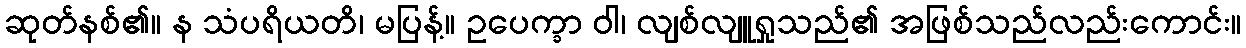
ဆုတ်နစ်၏။ န သံပရိယတိ၊ မပြန့်။ ဥပေက္ခာ ဝါ၊ လျစ်လျူရှုသည်၏ အဖြစ်သည်လည်းကောင်း။